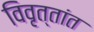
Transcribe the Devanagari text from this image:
विवृत्तांत